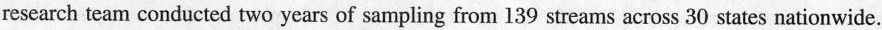
research team conducted two years of sampling from 139 streams across 30 states nationwide.